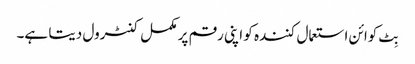
بِٹ کوائن استعمال کنندہ کو اپنی رقم پر مکمل کنٹرول دیتا ہے۔